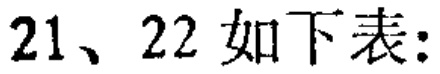
21、22 如下表: